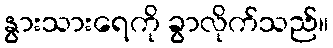
နွားသားရေကို ခွာလိုက်သည်။